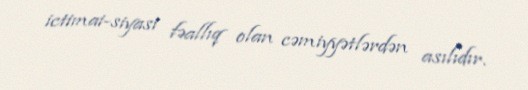
ictimai-siyasi fəallıq olan cəmiyyətlərdən asılıdır.